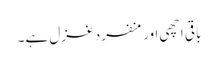
باقی اچھی اور منفرد غزل ہے۔